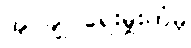
အုပ်ချုပ်ရေးမှူးထံမှ